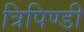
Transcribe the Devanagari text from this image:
त्रिपिण्डी